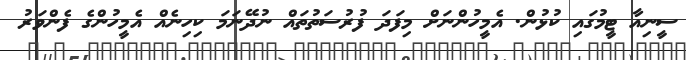
ސީނިއާ ޓީމުގައި ކުޅުން. އެމީހުންނަށް މިފަދަ ފުރުސަތުތައް ނުދޭނަމަ ކިހިނެއް އެމީހުންގެ ފެންވަރު